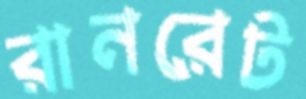
রানরেট